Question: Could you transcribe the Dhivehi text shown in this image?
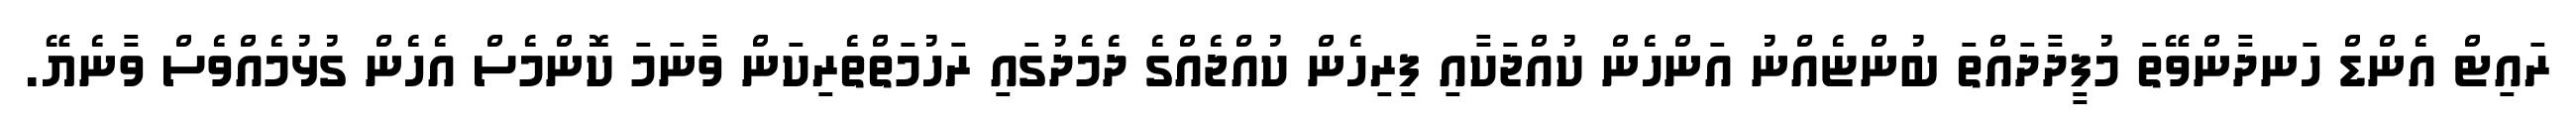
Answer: ރައިޓް އެންޑް ހަނދާންވޭތަ މުފީދާދައްތަ ބުންޏެއްނު އަންހެން ކުއްޖަކާއި ފިރިހެން ކުއްޖެއްގެ ދެމެދުގައި ރަހުމަތްތެރިކަން ވާނަމަ ކޮންމެސް އެހެން ގުޅުމެއްވެސް ވާނެޔޭ.